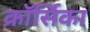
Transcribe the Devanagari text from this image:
क्रॉर्सिका